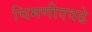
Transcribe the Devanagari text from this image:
चिमणीएवढे